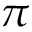
\pi